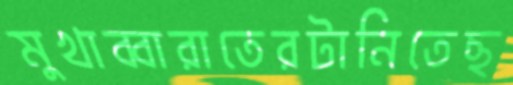
মুখাব্বারাতেরটানিতেছ